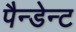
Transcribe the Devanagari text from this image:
पैन्डेन्ट